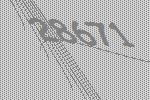
28671